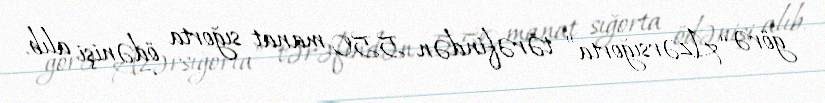
görə “Azərsığorta” tərəfindən 550 manat sığorta ödənişi alıb.